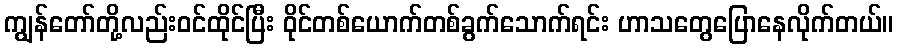
ကျွန်တော်တို့လည်းဝင်ထိုင်ပြီး ဝိုင်တစ်ယောက်တစ်ခွက်သောက်ရင်း ဟာသတွေပြောနေလိုက်တယ်။